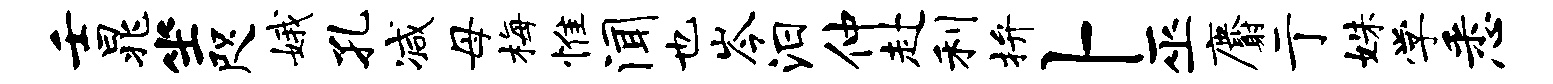
壬晁坐咫娥孔减母梅惟闻也岑汨仲赴利拚卜巫麝亍姝学悉